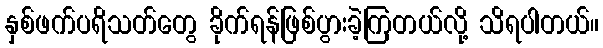
နှစ်ဖက်ပရိသတ်တွေ ခိုက်ရန်ဖြစ်ပွားခဲ့ကြတယ်လို့ သိရပါတယ်။